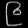
Digit: ၉